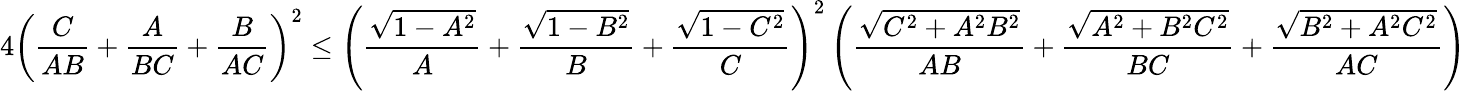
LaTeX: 4\left(\frac{C}{AB}+\frac{A}{BC}+\frac{B}{AC}\right)^{2}\leq\left(\frac{\sqrt{1-A^{2}}}{A}+\frac{\sqrt{1-B^{2}}}{B}+\frac{\sqrt{1-C^{2}}}{C}\right)^{2}\left(\frac{\sqrt{C^{2}+A^{2}B^{2}}}{AB}+\frac{\sqrt{A^{2}+B^{2}C^{2}}}{BC}+\frac{\sqrt{B^{2}+A^{2}C^{2}}}{AC}\right)